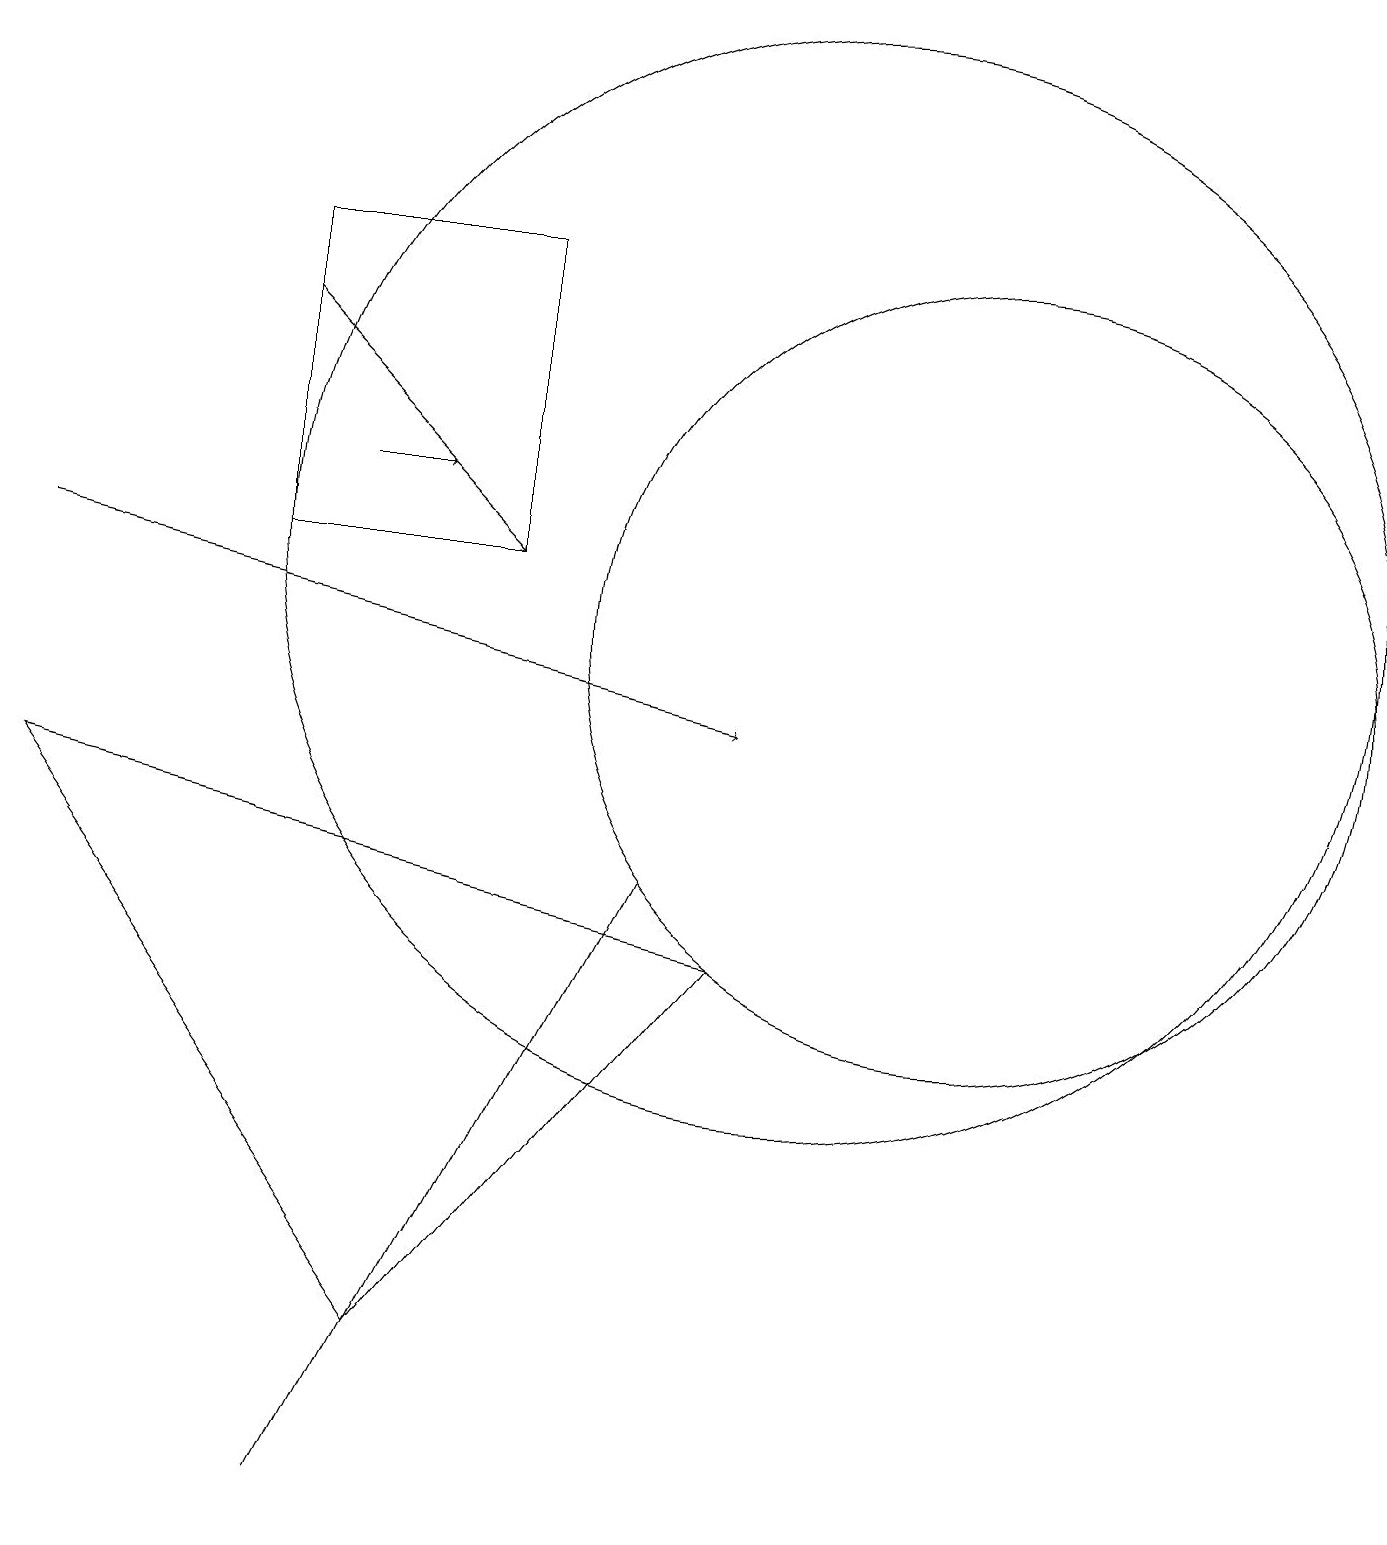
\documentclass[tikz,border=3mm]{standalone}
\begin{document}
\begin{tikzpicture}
\draw (12,11) circle (5);
\draw[->] (4,13) -- (5,13);
\draw[->] (0,12) -- (9,10);
\draw (4,0) -- (8,8) -- (7,6) -- cycle;
\draw (10,12) circle (7);
\draw (3,12) rectangle (6,16);
\draw (9,7) -- (0,9) -- (5,2) -- cycle;
\draw[->] (3,15) -- (6,12);
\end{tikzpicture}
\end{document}